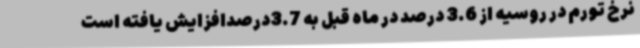
نرخ تورم در روسیه از 3.6 درصد در ماه قبل به 3.7درصدافزایش یافته است